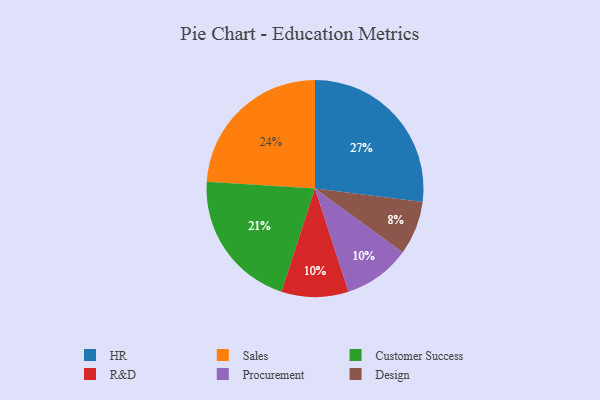
{"axis": {"x": "Category", "y": "Percentage"}, "legend": ["Customer Success", "Design", "HR", "Procurement", "R&D", "Sales"], "data": [{"x": "R&D", "y": 10, "type": "R&D"}, {"x": "Procurement", "y": 10, "type": "Procurement"}, {"x": "Sales", "y": 24, "type": "Sales"}, {"x": "HR", "y": 27, "type": "HR"}, {"x": "Customer Success", "y": 21, "type": "Customer Success"}, {"x": "Design", "y": 8, "type": "Design"}]}